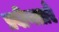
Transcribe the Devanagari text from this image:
प्रवीणताएँ